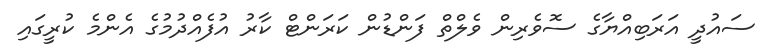
ސައުދީ އަރަބިއްޔާގެ ސޮވެރިން ވެލްތް ފަންޑުން ކަރަންޓް ކާރު އުފެއްދުމުގެ އެންމެ ކުރީގައި